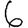
Digit: 6